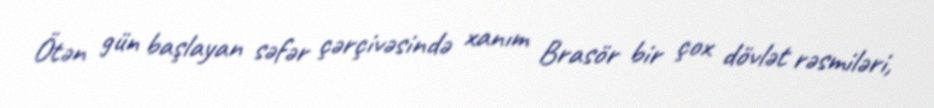
Ötən gün başlayan səfər çərçivəsində xanım Brasör bir çox dövlət rəsmiləri,